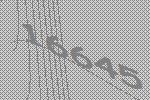
16645